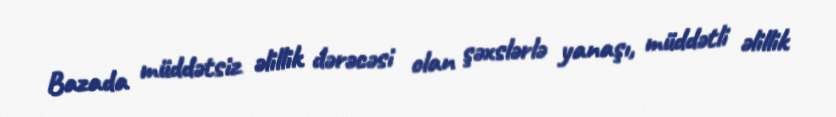
Bazada müddətsiz əlillik dərəcəsi olan şəxslərlə yanaşı, müddətli əlillik